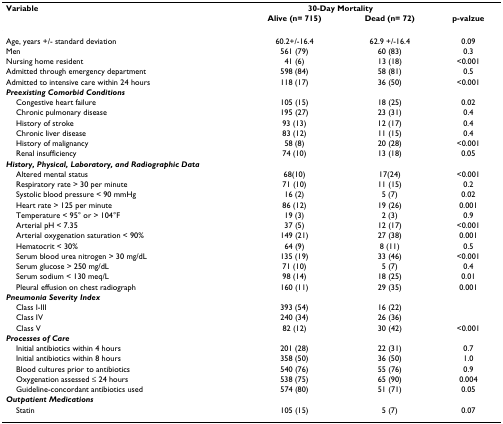
<table><thead><tr><td><b>Variable</b></td><td colspan="2"><b>30-Day Mortality</b></td><td></td></tr><tr><td></td><td><b>Alive (n= 715)</b></td><td><b>Dead (n= 72)</b></td><td><b>p-valzue</b></td></tr></thead><tbody><tr><td>Age, years +/- standard deviation</td><td>60.2+/-16.4</td><td>62.9 +/-16.4</td><td>0.09</td></tr><tr><td>Men</td><td>561 (79)</td><td>60 (83)</td><td>0.3</td></tr><tr><td>Nursing home resident</td><td>41 (6)</td><td>13 (18)</td><td>&lt;0.001</td></tr><tr><td>Admitted through emergency department</td><td>598 (84)</td><td>58 (81)</td><td>0.5</td></tr><tr><td>Admitted to intensive care within 24 hours</td><td>118 (17)</td><td>36 (50)</td><td>&lt;0.001</td></tr><tr><td colspan="4"><b><i>Preexisting Comorbid Conditions</i></b></td></tr><tr><td> Congestive heart failure</td><td>105 (15)</td><td>18 (25)</td><td>0.02</td></tr><tr><td> Chronic pulmonary disease</td><td>195 (27)</td><td>23 (31)</td><td>0.4</td></tr><tr><td> History of stroke</td><td>93 (13)</td><td>12 (17)</td><td>0.4</td></tr><tr><td> Chronic liver disease</td><td>83 (12)</td><td>11 (15)</td><td>0.4</td></tr><tr><td> History of malignancy</td><td>58 (8)</td><td>20 (28)</td><td>&lt;0.001</td></tr><tr><td> Renal insufficiency</td><td>74 (10)</td><td>13 (18)</td><td>0.05</td></tr><tr><td colspan="4"><b><i>History, Physical, Laboratory, and Radiographic Data</i></b></td></tr><tr><td> Altered mental status</td><td>68(10)</td><td>17(24)</td><td>&lt;0.001</td></tr><tr><td> Respiratory rate &gt; 30 per minute</td><td>71 (10)</td><td>11 (15)</td><td>0.2</td></tr><tr><td> Systolic blood pressure &lt; 90 mmHg</td><td>16 (2)</td><td>5 (7)</td><td>0.02</td></tr><tr><td> Heart rate &gt; 125 per minute</td><td>86 (12)</td><td>19 (26)</td><td>0.001</td></tr><tr><td> Temperature &lt; 95° or &gt; 104°F</td><td>19 (3)</td><td>2 (3)</td><td>0.9</td></tr><tr><td> Arterial pH &lt; 7.35</td><td>37 (5)</td><td>12 (17)</td><td>&lt;0.001</td></tr><tr><td> Arterial oxygenation saturation &lt; 90%</td><td>149 (21)</td><td>27 (38)</td><td>0.001</td></tr><tr><td> Hematocrit &lt; 30%</td><td>64 (9)</td><td>8 (11)</td><td>0.5</td></tr><tr><td> Serum blood urea nitrogen &gt; 30 mg/dL</td><td>135 (19)</td><td>33 (46)</td><td>&lt;0.001</td></tr><tr><td> Serum glucose &gt; 250 mg/dL</td><td>71 (10)</td><td>5 (7)</td><td>0.4</td></tr><tr><td> Serum sodium &lt; 130 meq/L</td><td>98 (14)</td><td>18 (25)</td><td>0.01</td></tr><tr><td> Pleural effusion on chest radiograph</td><td>160 (11)</td><td>29 (35)</td><td>0.001</td></tr><tr><td colspan="4"><b><i>Pneumonia Severity Index</i></b></td></tr><tr><td> Class I-III</td><td>393 (54)</td><td>16 (22)</td><td></td></tr><tr><td> Class IV</td><td>240 (34)</td><td>26 (36)</td><td></td></tr><tr><td> Class V</td><td>82 (12)</td><td>30 (42)</td><td>&lt;0.001</td></tr><tr><td colspan="4"><b><i>Processes of Care</i></b></td></tr><tr><td> Initial antibiotics within 4 hours</td><td>201 (28)</td><td>22 (31)</td><td>0.7</td></tr><tr><td> Initial antibiotics within 8 hours</td><td>358 (50)</td><td>36 (50)</td><td>1.0</td></tr><tr><td> Blood cultures prior to antibiotics</td><td>540 (76)</td><td>55 (76)</td><td>0.9</td></tr><tr><td> Oxygenation assessed ≤ 24 hours</td><td>538 (75)</td><td>65 (90)</td><td>0.004</td></tr><tr><td> Guideline-concordant antibiotics used</td><td>574 (80)</td><td>51 (71)</td><td>0.05</td></tr><tr><td colspan="4"><b><i>Outpatient Medications</i></b></td></tr><tr><td> Statin</td><td>105 (15)</td><td>5 (7)</td><td>0.07</td></tr></tbody></table>